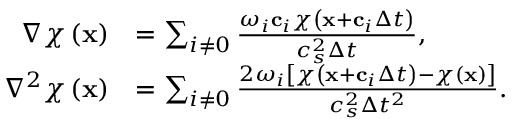
\begin{array} { r l } { \nabla \chi \left( \mathbf { x } \right) } & { = \sum _ { i \neq 0 } \frac { \omega _ { i } \mathbf { c } _ { i } \chi \left( \mathbf { x } + \mathbf { c } _ { i } \Delta t \right) } { c _ { s } ^ { 2 } \Delta t } , } \\ { \nabla ^ { 2 } \chi \left( \mathbf { x } \right) } & { = \sum _ { i \neq 0 } \frac { 2 \omega _ { i } \left[ \chi \left( \mathbf { x } + \mathbf { c } _ { i } \Delta t \right) - \chi \left( \mathbf { x } \right) \right] } { c _ { s } ^ { 2 } \Delta t ^ { 2 } } . } \end{array}